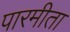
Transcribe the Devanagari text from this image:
पारमीता